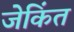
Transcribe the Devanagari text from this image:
जेकिंत